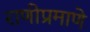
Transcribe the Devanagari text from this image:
राणीप्रमाणे